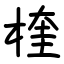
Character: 楏